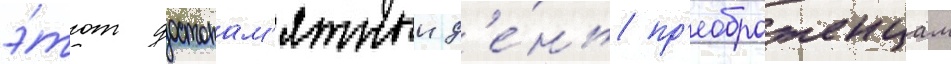
э́тот достопам'ятныи д'е́нь пр'еображенцам